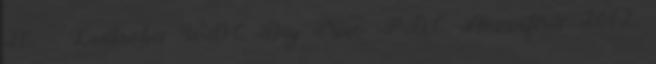
26. ↑ Ladbrokes WDC Day Nine. PDC. Hozzáférés: 2012.